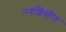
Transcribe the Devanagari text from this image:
नवशिक्षीत